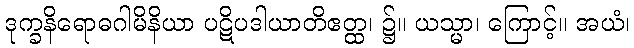
ဒုက္ခနိရောဓဂါမိနိယာ ပဋိပဒါယာတိဧတ္ထ၊ ၌။ ယသ္မာ၊ ကြောင့်။ အယံ၊